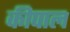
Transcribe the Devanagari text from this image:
कीपाल